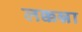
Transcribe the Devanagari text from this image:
लक्कन्ना